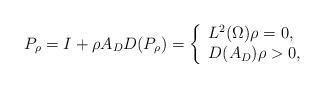
LaTeX: \begin{align*}P_{\rho }=I+\rho A_{D}D(P_{\rho })=\left\{\begin{array}{l}L^{2}(\Omega )\rho =0, \\D(A_{D})\rho >0,\end{array}\right. \end{align*}